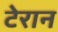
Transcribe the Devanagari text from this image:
टेरान